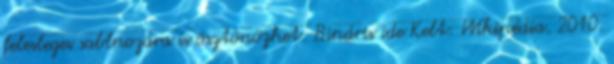
felesleges sablnozára is ösztönözhet. Bináris ide Kelt: Wikipédia, 2010.